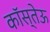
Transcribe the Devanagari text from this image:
कॉस्तेऊ